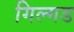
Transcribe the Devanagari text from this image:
गिल्गड